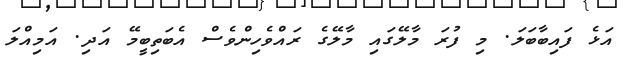
އަޅެ ފައިބާބަލަ. މި ފުރަ މާލޭގައި މާލޭގެ ރައްވެހިންވެސް އެބަތިބީމޭ އަދި. އަމިއްލަ